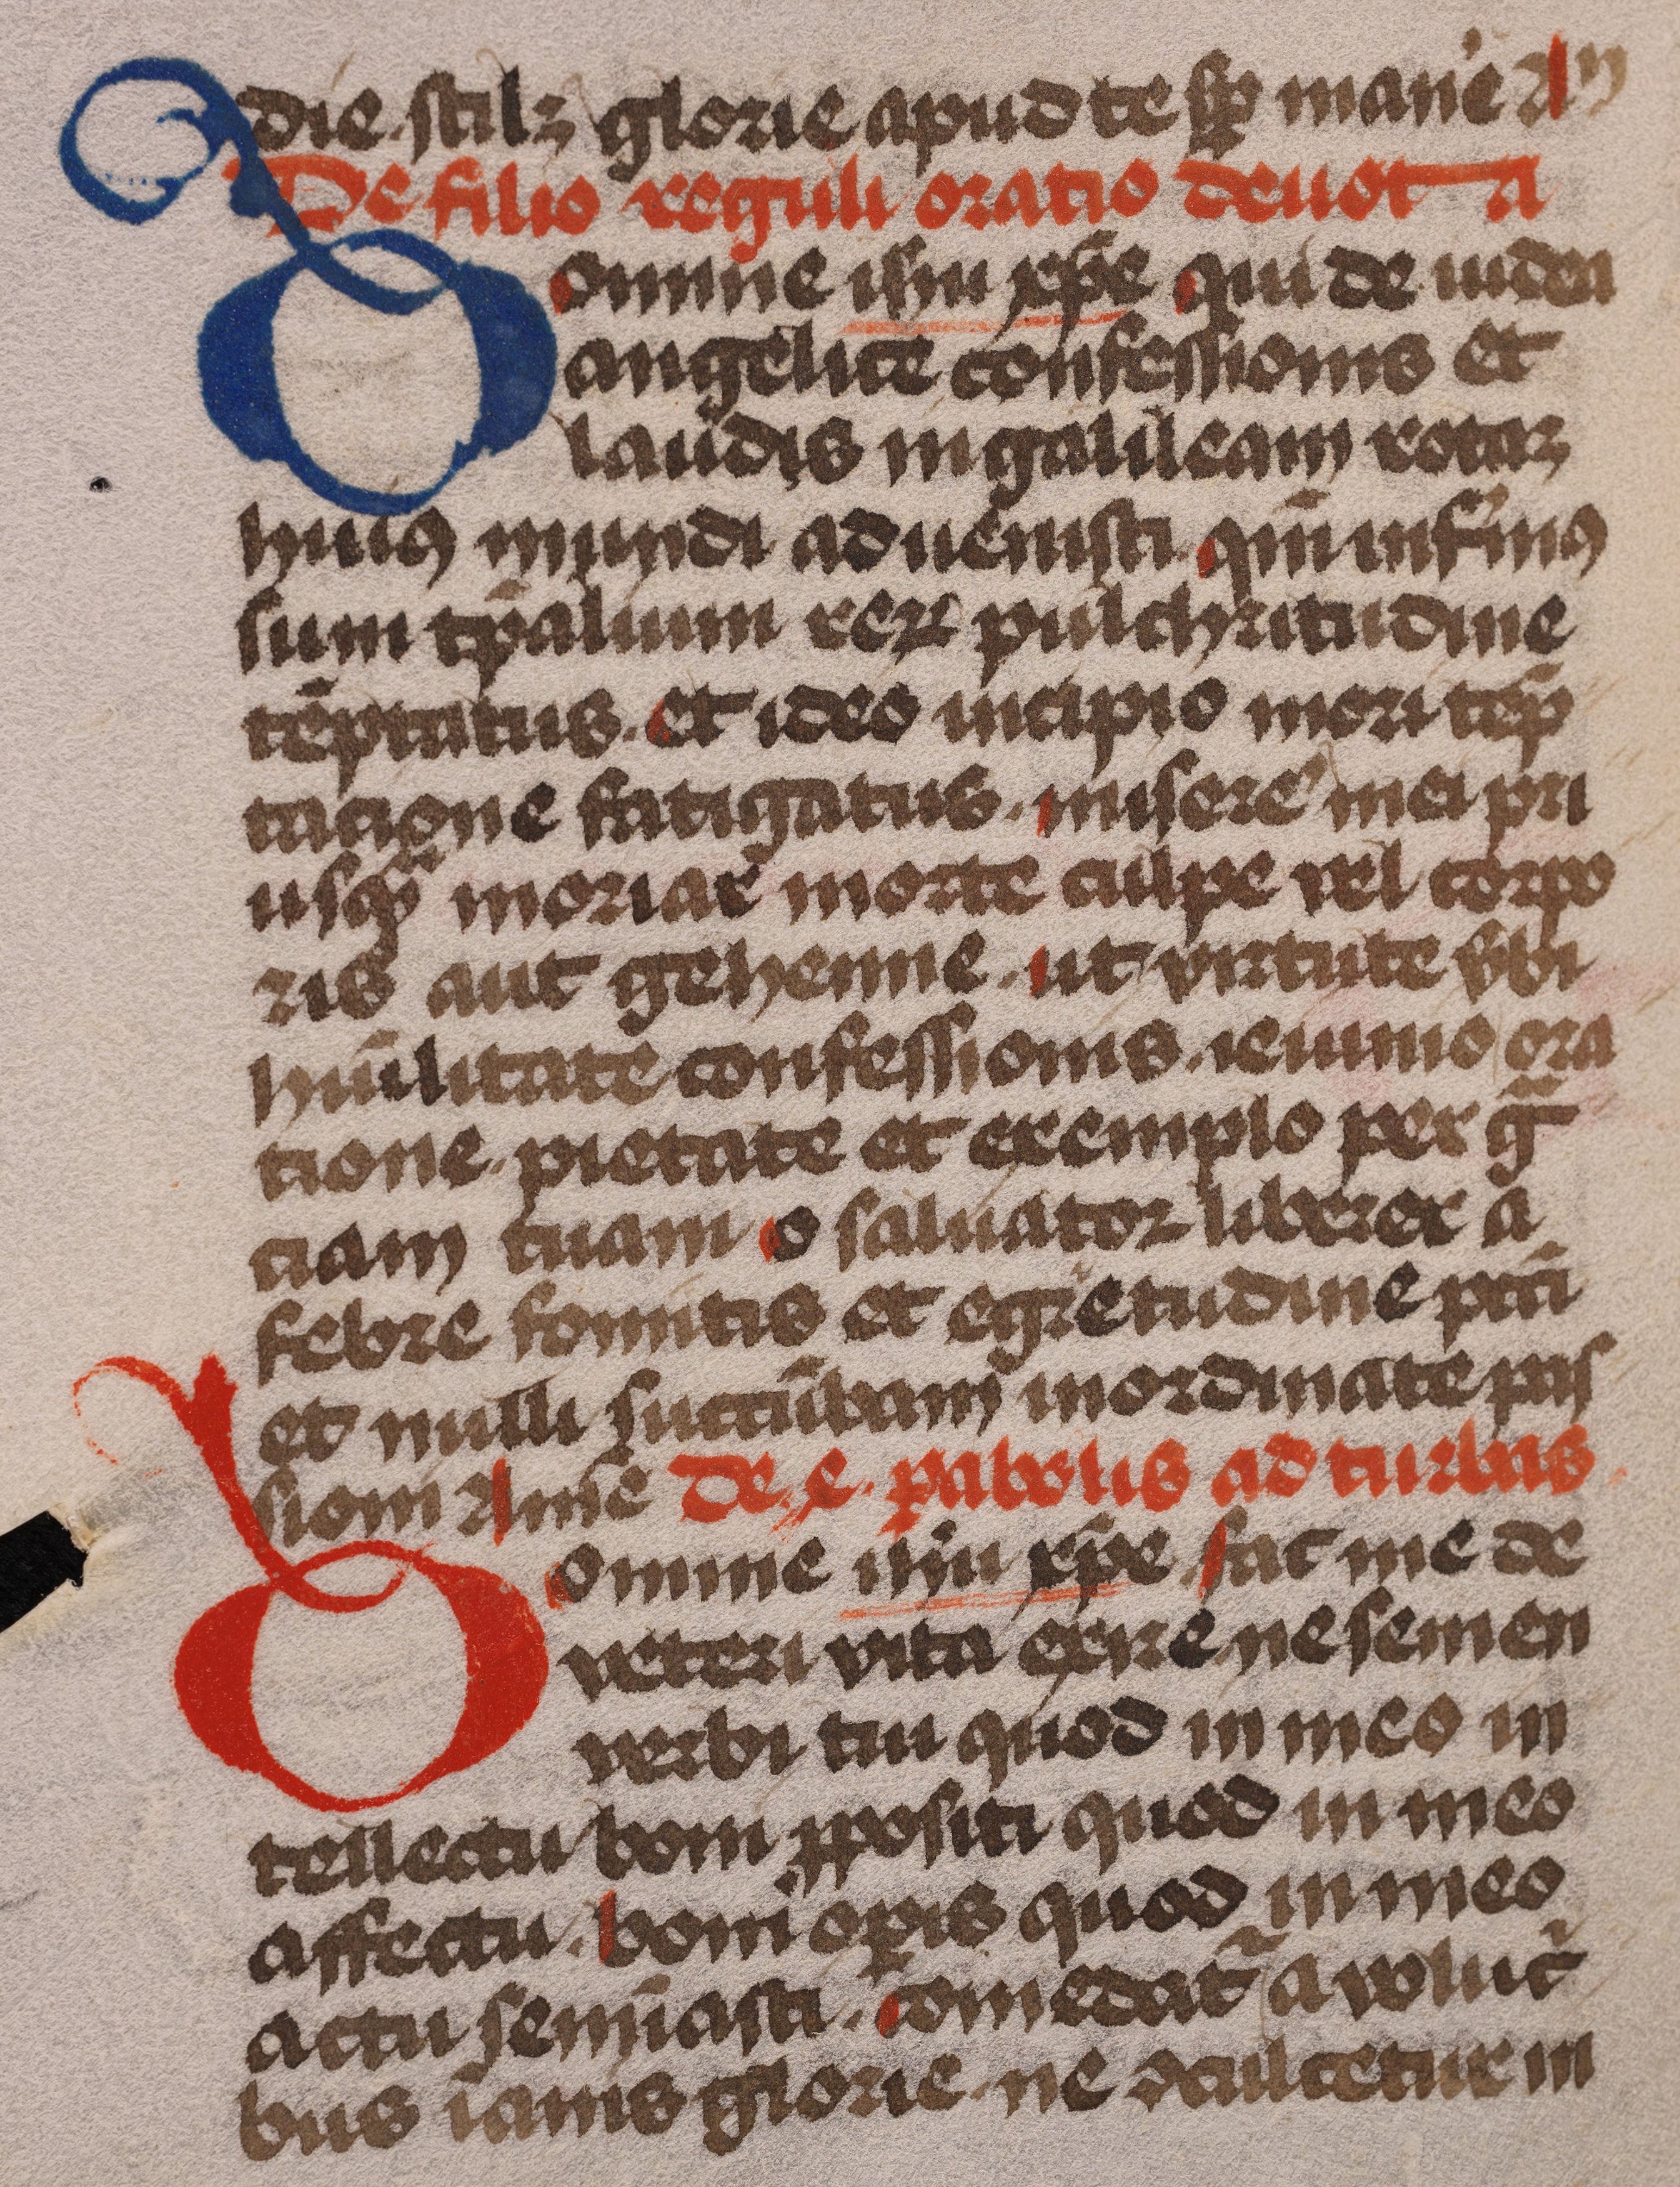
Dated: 1485–1515